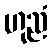
ဟုညံ